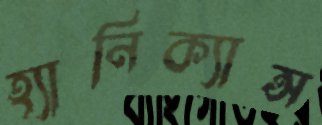
হ্যানিক্যান্স